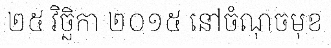
២៥ វិច្ឆិកា ២០១៥ នៅចំណុចមុខ